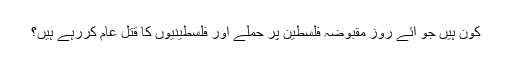
کون ہیں جو آئے روز مقبوضہ فلسطین پر حملے اور فلسطینیوں کا قتل عام کررہے ہیں؟